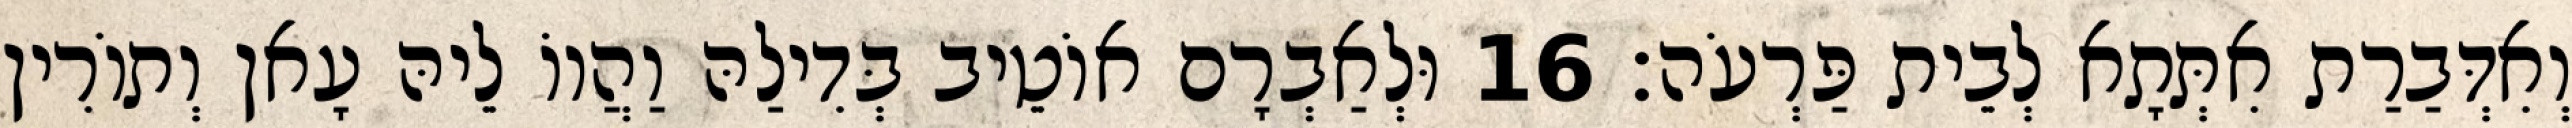
וְאִדְּבַרַת אִתְּתָא לְבֵית פַּרְעֹה׃ 16 וּלְאַבְרָם אוֹטֵיב בְּדִילַהּ וַהֲווֹ לֵיהּ עָאן וְתוֹרִין